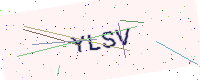
Text: YLSV